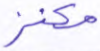
مكنز